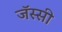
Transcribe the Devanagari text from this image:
जॅस्सी